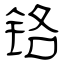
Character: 铬